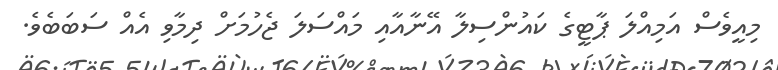
މިއީވެސް އަމިއްލަ ޕާޓީގެ ކައުންސިލާ އޭނާއާއި މައްސަލަ ޖެހުމަށް ދިމާވި އެއް ސަބަބެވެ.